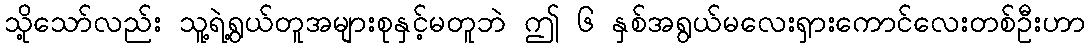
သို့သော်လည်း သူ့ရဲ့ရွယ်တူအများစုနှင့်မတူဘဲ ဤ ၆ နှစ်အရွယ်မလေးရှားကောင်လေးတစ်ဦးဟာ